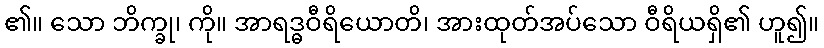
၏။ သော ဘိက္ခု၊ ကို။ အာရဒ္ဓဝီရိယောတိ၊ အားထုတ်အပ်သော ဝီရိယရှိ၏ ဟူ၍။